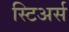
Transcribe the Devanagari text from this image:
स्टिअर्स